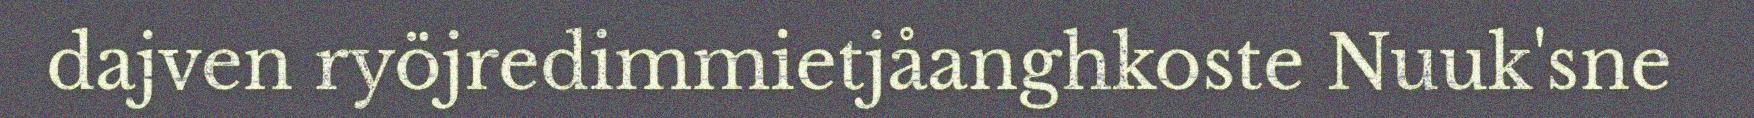
dajven ryöjredimmietjåanghkoste Nuuk'sne